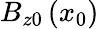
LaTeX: B_{z0}\left(x_{0}\right)